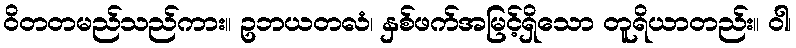
ဝိတတမည်သည်ကား။ ဥဘယတလံ၊ နှစ်ဖက်အမြင့်ရှိသော တူရိယာတည်း။ ဝါ၊